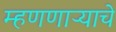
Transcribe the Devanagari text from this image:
म्हणणाऱ्याचे